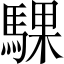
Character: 騍